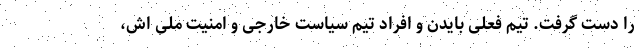
را دست گرفت. تیم فعلی بایدن و افراد تیم سیاست خارجی و امنیت ملی اش،